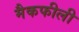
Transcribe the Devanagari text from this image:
मैकफीली